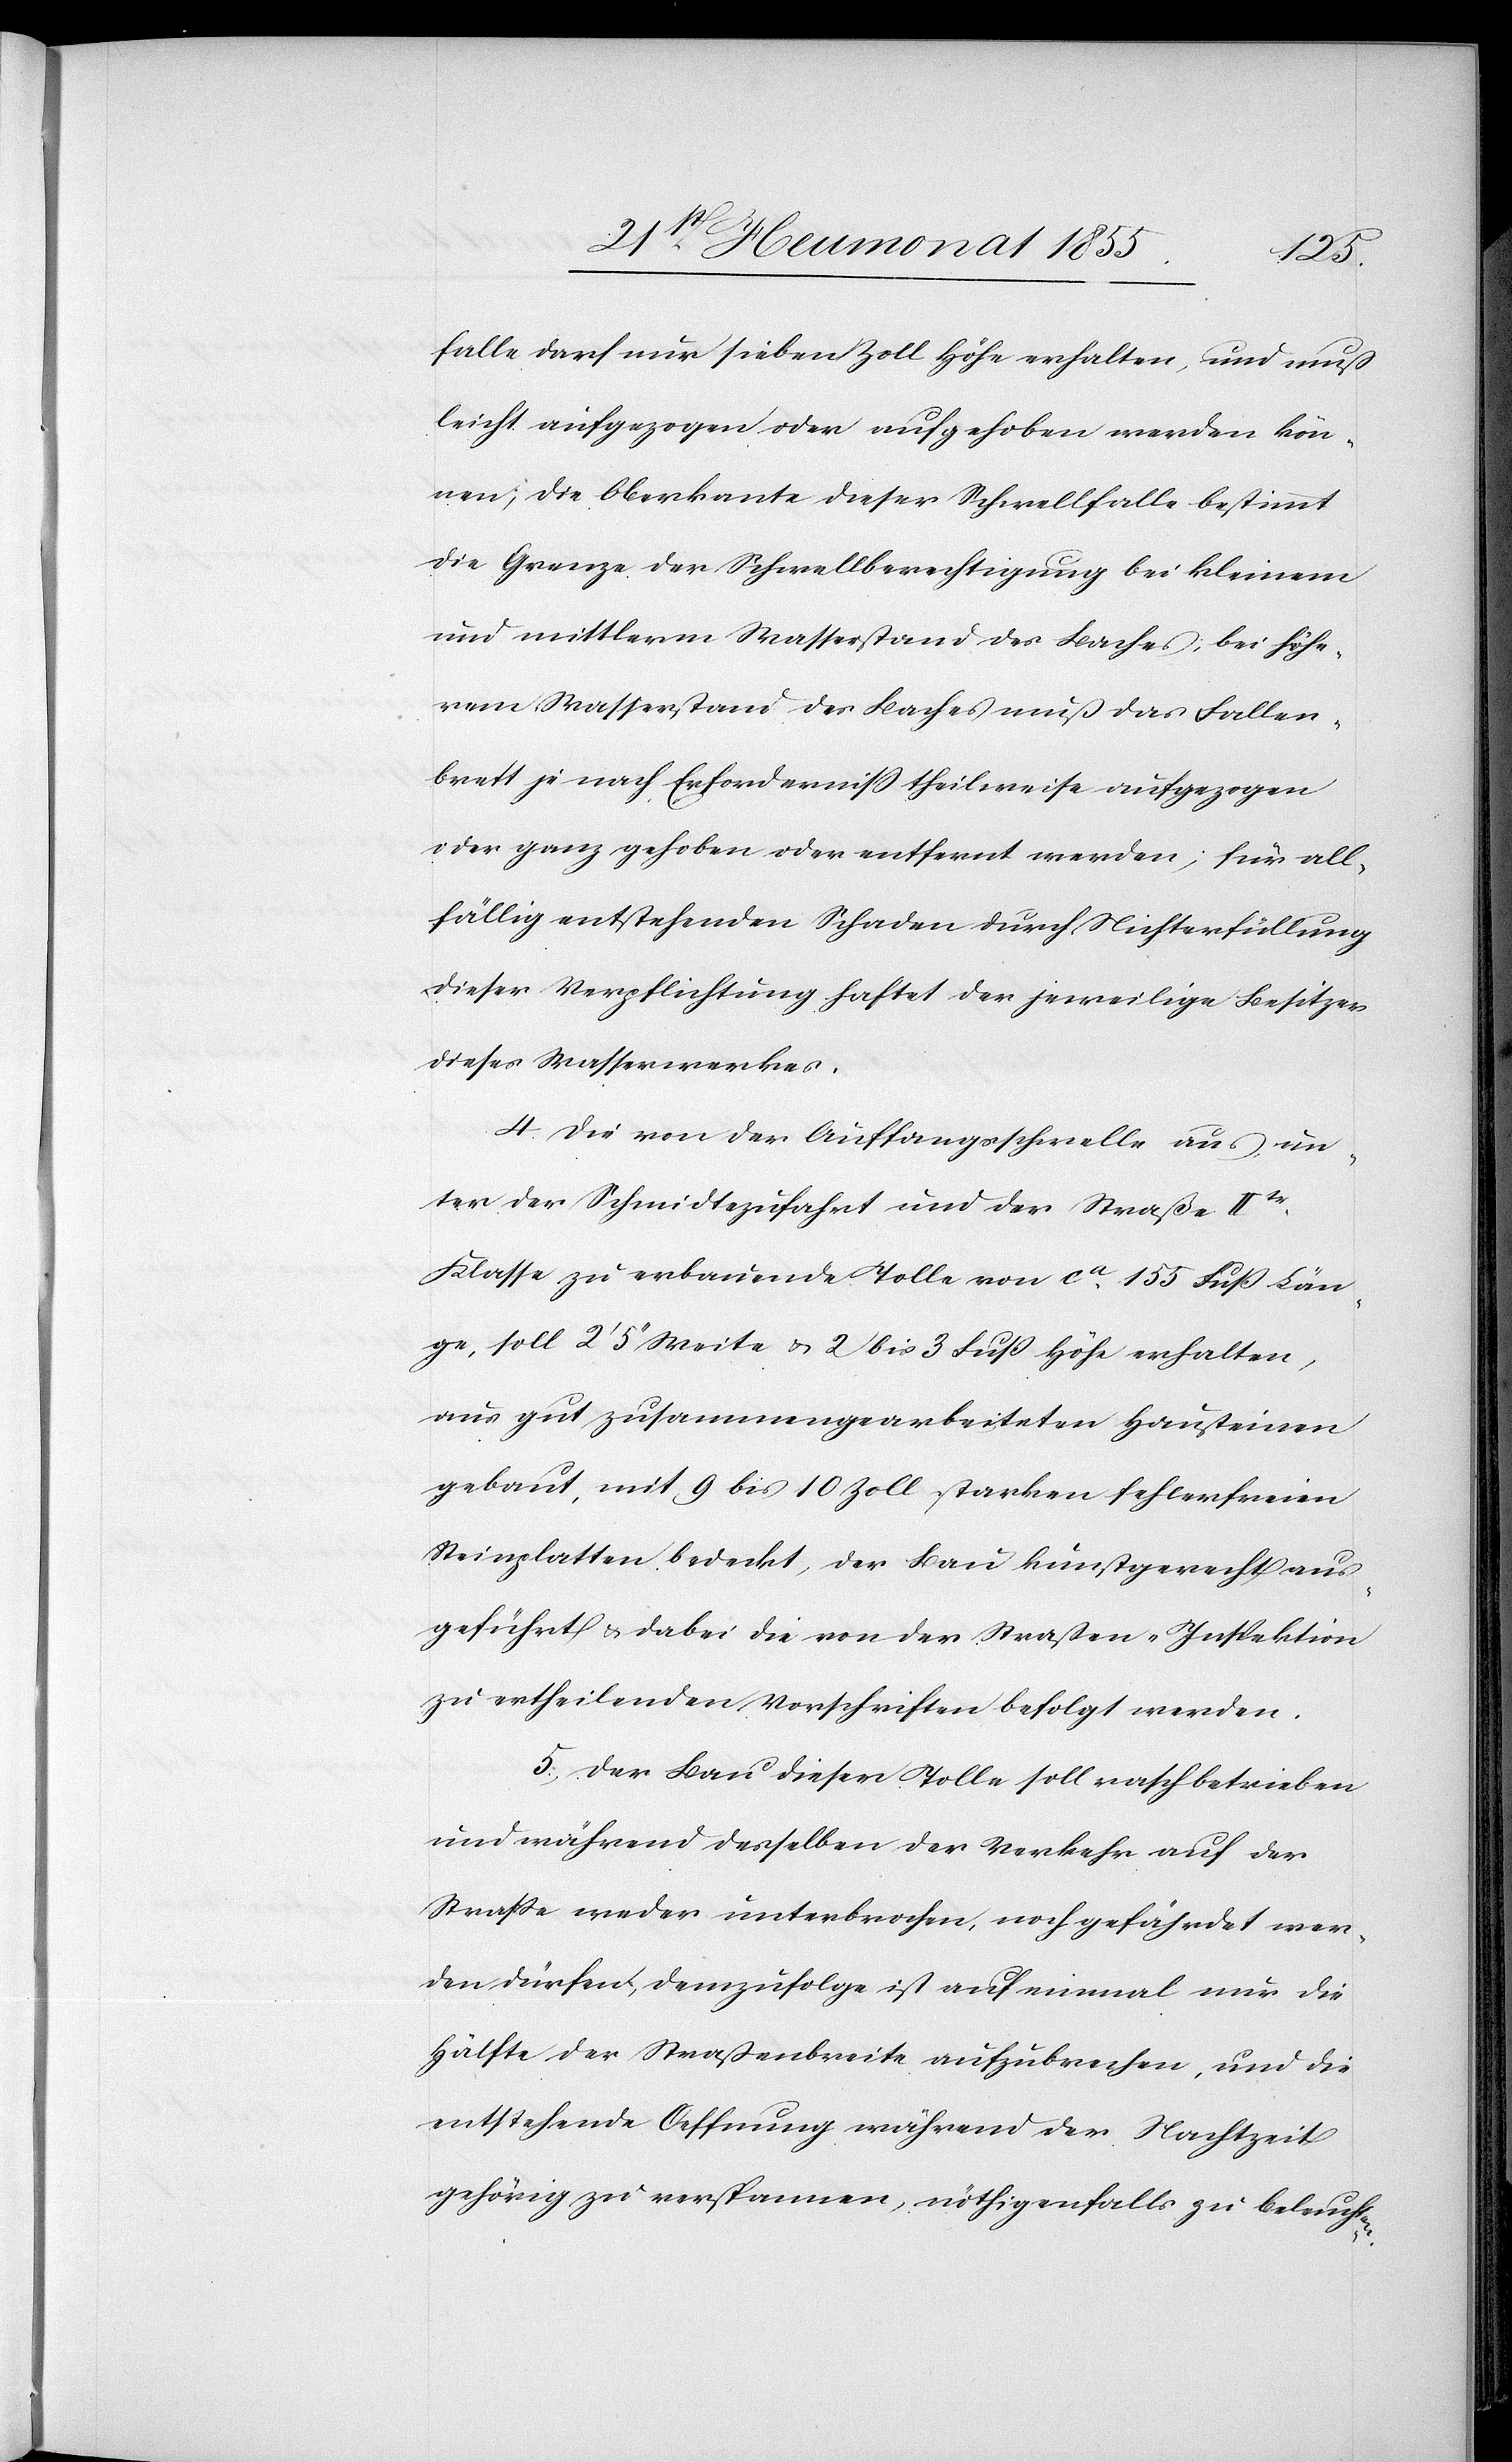
falle darf nur sieben Zoll Höhe erhalten, und muß
leicht aufgezogen oder aufgehoben werden kön¬
nen; die Oberkante dieser Schwellfalle bestimmt
die Grenze der Schwellberechtigung bei kleinem
und mittlerm Wasserstand des Baches; bei höhe¬
rem Wasserstand des Baches muß das Fallen¬
brett je nach Erforderniss theilweise aufgezogen
oder ganz gehoben oder entfernt werden; für all¬
fällig entstehenden Schaden durch Nichterfüllung
dieser Verpflichtung haftet der jeweilige Besitzer
dieses Wasserwerkes.
Die von der Auffangsschwelle aus un¬
ter der Schmidtezufahrt und der Straße IItr.
Klasse zu erbauende Tolle von ca. 155 Fuß Län¬
ge, soll 2‘ 5‘‘ Weite & 2 bis 3 Fuß Höhe erhalten,
aus gut zusammengearbeiteten Hausteinen
gebaut, mit 9 bis 10 Zoll starken fehlerfreien
Steinplatten bedeckt, der Bau kunstgerecht aus¬
geführt & dabei die von der Straßen-Inspektion
zu ertheilenden Vorschriften befolgt werden.
Der Bau dieser Tolle soll rasch betrieben
und während desselben der Verkehr auf der
Strasse weder unterbrochen, noch gefährdet wer¬
den dürfen; demzufolge ist auf einmal nur die
Hälfte der Straßenbreite aufzubrechen, und die
entstehende Oeffnung während der Nachtzeit
gehörig zu verspannen, nöthigenfalls zu beleuchten.